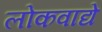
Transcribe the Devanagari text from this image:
लोकवाद्ये